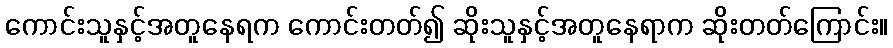
ကောင်းသူနှင့်အတူနေရက ကောင်းတတ်၍ ဆိုးသူနှင့်အတူနေရာက ဆိုးတတ်ကြောင်း။